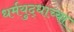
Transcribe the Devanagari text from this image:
धर्मयुद्धांच्या